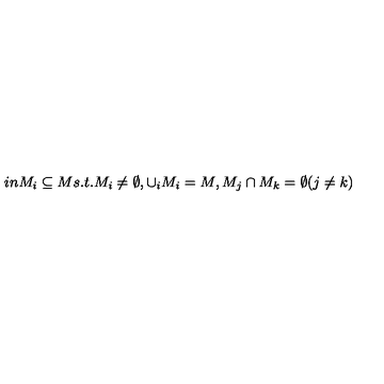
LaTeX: \hspace { 1 i n } M _ { i } \subseteq M s . t . M _ { i } \ne \emptyset , \cup _ { i } M _ { i } = M , M _ { j } \cap M _ { k } = \emptyset ( j \ne k )